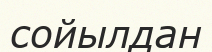
сойылдан